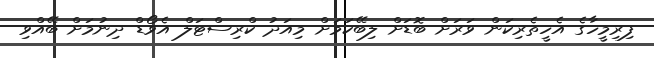
ފިރިމީހާގެ އެހީތެރިކަން ވަރަށް ބޮޑަށް ލިބޭކަމަށް މިއަދު ކްރިސްޓަލް އެވޯޑް ދިނުމަށް ބޭއްވި